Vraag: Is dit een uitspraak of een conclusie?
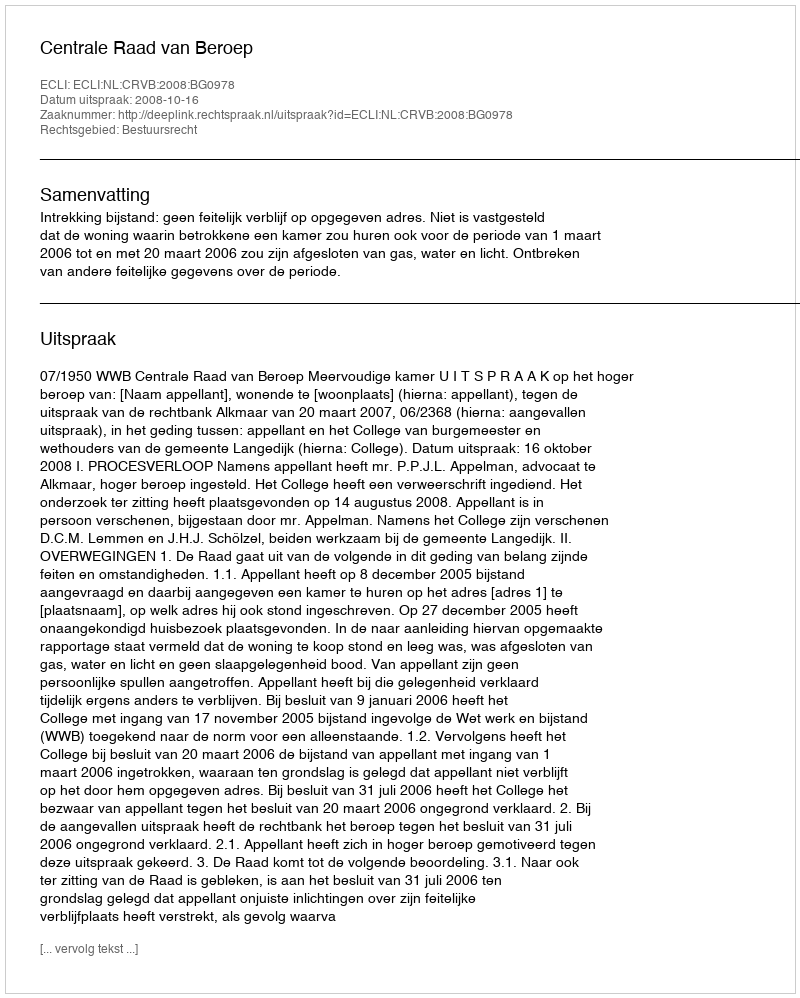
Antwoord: Uitspraak